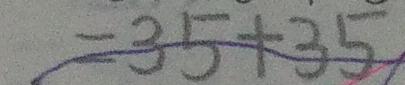
= 3 5 + 3 5